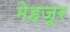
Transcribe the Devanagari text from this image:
मेहजूर